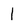
Character: 1